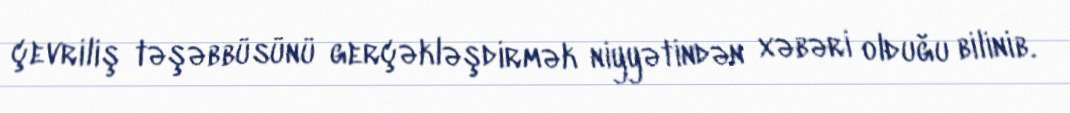
çevriliş təşəbbüsünü gerçəkləşdirmək niyyətindən xəbəri olduğu bilinib.